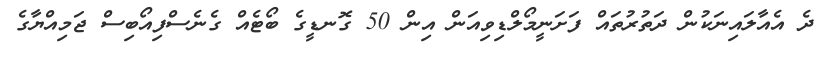
ދެ އެއާލައިނަކުން ދަތުރުތައް ފަށަނީމޯލްޑިވިއަން އިން 50 ގޮނޑީގެ ބޯޓެއް ގެނެސްފިއޯބިސް ޖަމިއްޔާގެ